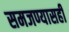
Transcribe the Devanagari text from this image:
समजण्यासही